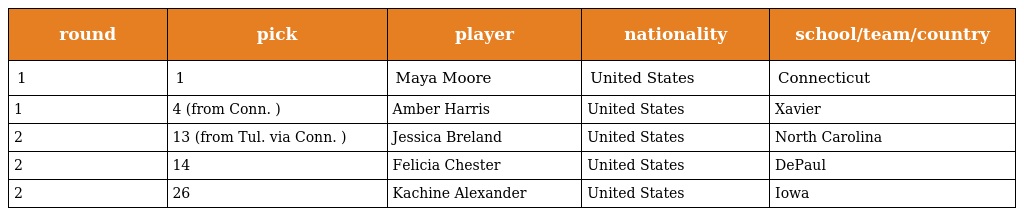
| round | pick | player | nationality | school/team/country |
 | --- | --- | --- | --- | --- |
 | 1 | 1 | Maya Moore | United States | Connecticut |
 | 1 | 4 (from Conn. ) | Amber Harris | United States | Xavier |
 | 2 | 13 (from Tul. via Conn. ) | Jessica Breland | United States | North Carolina |
 | 2 | 14 | Felicia Chester | United States | DePaul |
 | 2 | 26 | Kachine Alexander | United States | Iowa |